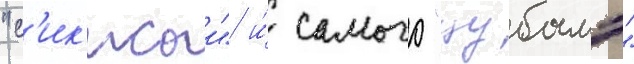
"с'ик'исаи" и́ самого "цубамэ"